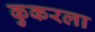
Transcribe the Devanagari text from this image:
कुकरला